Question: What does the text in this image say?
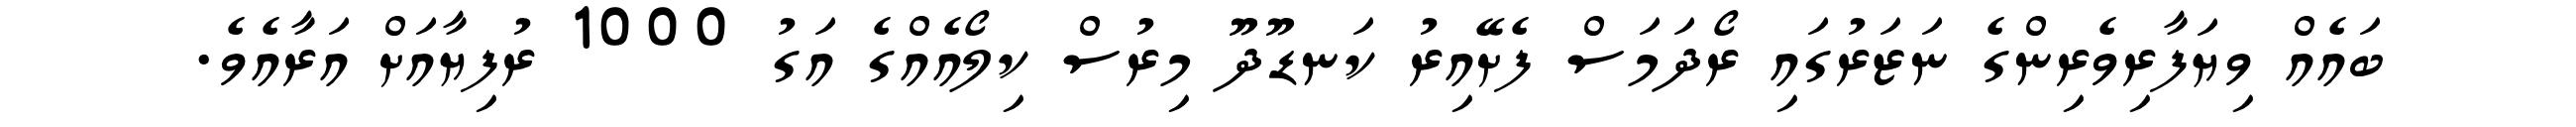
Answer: ބައެއް ވިޔަފާރިވެރިންގެ ނަޒަރުގައި ރޯދަމަސް ފެށޭއިރު ކަނޑޫދޫ މިރުސް ކިލޯއެއްގެ އަގު 1000 ރުފިޔާއަށް އަރާއެވެ.